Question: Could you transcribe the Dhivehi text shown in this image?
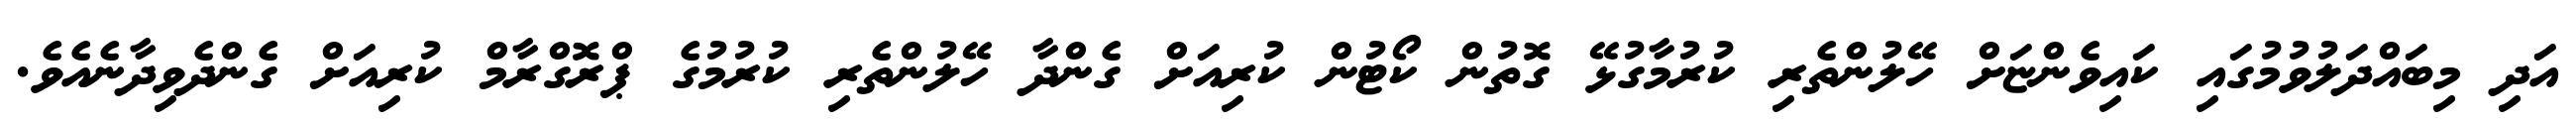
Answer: އަދި މިބައްދަލުވުމުގައި ކައިވެންޏަށް ހޭލުންތެރި ކުރުމާގުޅޭ ގޮތުން ކޯޓުން ކުރިއަށް ގެންދާ ހޭލުންތެރި ކުރުމުގެ ޕްރޮގްރާމް ކުރިއަށް ގެންދެވިދާނެއެވެ.